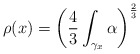
\begin{align*} \rho(x) = \left( \frac{4}{3} \int_{\gamma_x} \alpha \right)^\frac{2}{3}\end{align*}